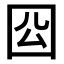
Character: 𭍛